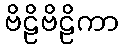
ဗိဠိဗိဠိကာ